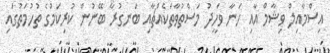
އިސްމާއިލް ވިޝާމް އާއި ހަނާ ވަހީދު މަސްތުވާތަކެއްޗާއި ބަނގުރާ ބޭނުން ކުރިކަމުގެ ތުހުމަތުގައި